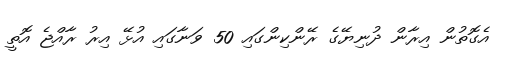
އެގޮތުން އިރާން ދުނިޔޭގެ ރޭންކިންގައި 50 ވަނާގައި އުޅޭ އިރު ރާއްޖެ އޮތީ